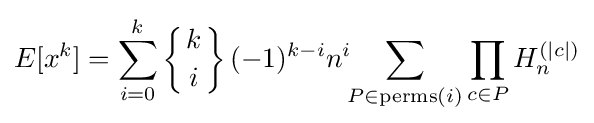
E[x^{k}]=\sum _{i=0}^{k}\left\{{k \atop i}\right\}(-1)^{k-i}n^{i}\!\!\sum _{P\in \mathrm {perms} (i)}\prod _{c\in P}H_{n}^{(|c|)}